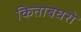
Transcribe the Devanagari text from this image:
किताबघरो